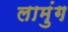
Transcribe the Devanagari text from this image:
लामुंग